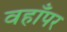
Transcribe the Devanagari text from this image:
वहाँपर